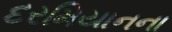
દરમિયાનના